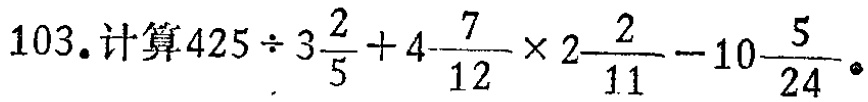
103. 计算\(425\div3\frac{2}{5}+4\frac{7}{12}\times2\frac{2}{11}-10\frac{5}{24}\)。